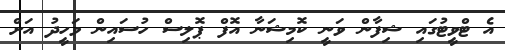
އެ ޓްވީޓުގައި ޝިފާން ވަނީ ކޮމިޝަނާ އޮފް ޕޮލިސް ހުސައިން ވަހީދު އަށް